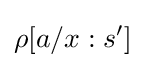
\rho [a/x:s']